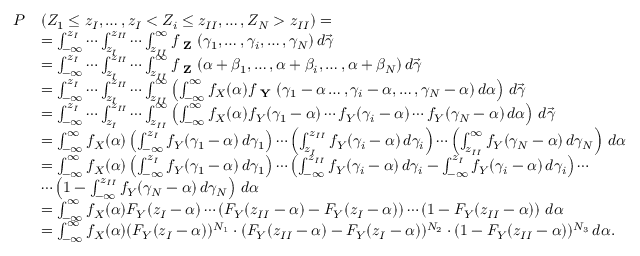
\begin{array} { r l } { P } & { ( Z _ { 1 } \leq z _ { I } , \dotsc , z _ { I } < Z _ { i } \leq z _ { I I } , \dotsc , Z _ { N } > z _ { I I } ) = } \\ & { = \int _ { - \infty } ^ { z _ { I } } \dotsm \int _ { z _ { I } } ^ { z _ { I I } } \dotsm \int _ { z _ { I I } } ^ { \infty } f _ { \textbf { Z } } ( { \gamma } _ { 1 } , \dotsc , { \gamma } _ { i } , \dotsc , { \gamma } _ { N } ) \, d \vec { \gamma } } \\ & { = \int _ { - \infty } ^ { z _ { I } } \dotsm \int _ { z _ { I } } ^ { z _ { I I } } \dotsm \int _ { z _ { I I } } ^ { \infty } f _ { \textbf { Z } } ( \alpha + { \beta } _ { 1 } , \dotsc , \alpha + { \beta } _ { i } , \dotsc , \alpha + { \beta } _ { N } ) \, d \vec { \gamma } } \\ & { = \int _ { - \infty } ^ { z _ { I } } \dotsm \int _ { z _ { I } } ^ { z _ { I I } } \dotsm \int _ { z _ { I I } } ^ { \infty } \left( \int _ { - \infty } ^ { \infty } f _ { X } ( \alpha ) f _ { \textbf { Y } } ( { \gamma } _ { 1 } - \alpha \dotsc , { \gamma } _ { i } - \alpha , \dotsc , { \gamma } _ { N } - \alpha ) \, d \alpha \right) \, d \vec { \gamma } } \\ & { = \int _ { - \infty } ^ { z _ { I } } \dotsm \int _ { z _ { I } } ^ { z _ { I I } } \dotsm \int _ { z _ { I I } } ^ { \infty } \left( \int _ { - \infty } ^ { \infty } f _ { X } ( \alpha ) f _ { Y } ( { \gamma } _ { 1 } - \alpha ) \dotsm f _ { Y } ( { \gamma } _ { i } - \alpha ) \dotsm f _ { Y } ( { \gamma } _ { N } - \alpha ) \, d \alpha \right) \, d \vec { \gamma } } \\ & { = \int _ { - \infty } ^ { \infty } f _ { X } ( \alpha ) \left( \int _ { - \infty } ^ { z _ { I } } f _ { Y } ( { \gamma } _ { 1 } - \alpha ) \, d { \gamma } _ { 1 } \right) \dotsm \left( \int _ { z _ { I } } ^ { z _ { I I } } f _ { Y } ( { \gamma } _ { i } - \alpha ) \, d { \gamma } _ { i } \right) \dotsm \left( \int _ { z _ { I I } } ^ { \infty } f _ { Y } ( { \gamma } _ { N } - \alpha ) \, d { \gamma } _ { N } \right) \, d \alpha } \\ & { = \int _ { - \infty } ^ { \infty } f _ { X } ( \alpha ) \left( \int _ { - \infty } ^ { z _ { I } } f _ { Y } ( { \gamma } _ { 1 } - \alpha ) \, d { \gamma } _ { 1 } \right) \dotsm \left( \int _ { - \infty } ^ { z _ { I I } } f _ { Y } ( { \gamma } _ { i } - \alpha ) \, d { \gamma } _ { i } - \int _ { - \infty } ^ { z _ { I } } f _ { Y } ( { \gamma } _ { i } - \alpha ) \, d { \gamma } _ { i } \right) \dotsm } \\ & { \dotsm \left( 1 - \int _ { - \infty } ^ { z _ { I I } } f _ { Y } ( { \gamma } _ { N } - \alpha ) \, d { \gamma } _ { N } \right) \, d \alpha } \\ & { = \int _ { - \infty } ^ { \infty } f _ { X } ( \alpha ) F _ { Y } ( z _ { I } - \alpha ) \dotsm \left( F _ { Y } ( z _ { I I } - \alpha ) - F _ { Y } ( z _ { I } - \alpha ) \right) \dotsm \left( 1 - F _ { Y } ( z _ { I I } - \alpha ) \right) \, d \alpha } \\ & { = \int _ { - \infty } ^ { \infty } f _ { X } ( \alpha ) ( F _ { Y } ( z _ { I } - \alpha ) ) ^ { N _ { 1 } } \cdot ( F _ { Y } ( z _ { I I } - \alpha ) - F _ { Y } ( z _ { I } - \alpha ) ) ^ { N _ { 2 } } \cdot ( 1 - F _ { Y } ( z _ { I I } - \alpha ) ) ^ { N _ { 3 } } \, d \alpha . } \end{array}